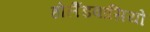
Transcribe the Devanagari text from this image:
होलैंडवासियो